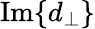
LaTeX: \operatorname{Im}\{ d_{\perp}\}